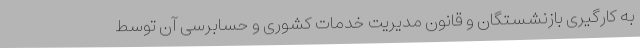
به کارگیری بازنشستگان و قانون مدیریت خدمات کشوری و حسابرسی آن توسط